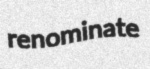
renominate